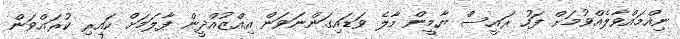
ނިއްމައްވާލެއްވުމަށް ފަހު ރައީސް ޔާމީން މާލެ ވަޑައިގަންނަވަން އިއްޒުއްދީން ފާލަމަށް ކައިރި ކުރައްވަން